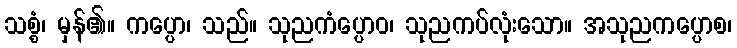
သစ္စံ၊ မှန်၏။ ကပ္ပော၊ သည်။ သုညကံပ္ပောဝ၊ သုညကပ်လုံးသော။ အသုညကပ္ပောစ၊